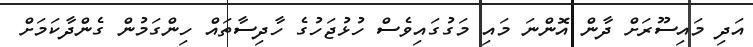
އަދި މައިސޫރަށް ދާން އޮންނަ މައި މަގުގައިވެސް ހުޅުޖަހުގެ ހާދިސާތައް ހިންގަމުން ގެންދާކަމަށް